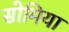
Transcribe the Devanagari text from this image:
सोमिया